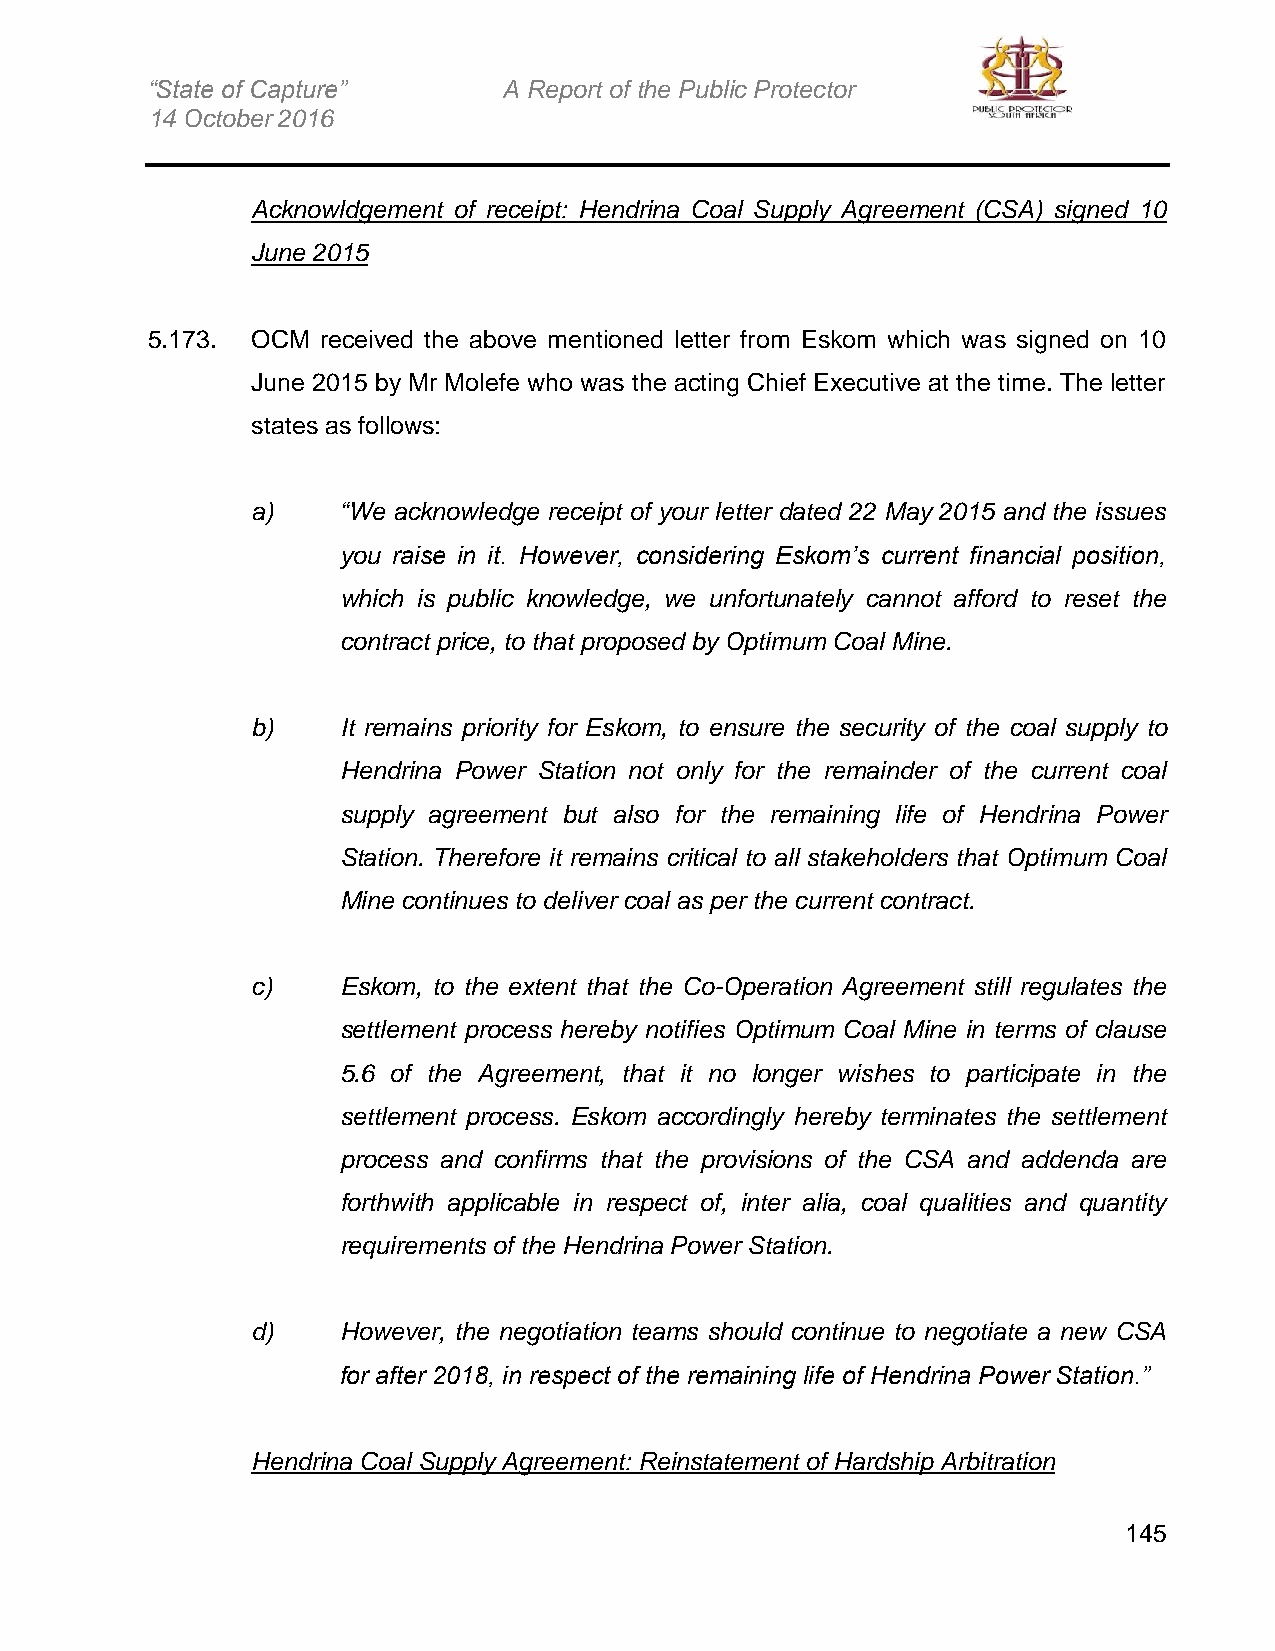
“State of Capture”     A Report of the Public Protector
 14 October 2016
 Acknowldgement of receipt: Hendrina Coal Supply Agreement (CSA) signed 10
 June 2015
 5.173. OCM received the above mentioned letter from Eskom which was signed on 10
 June 2015 by Mr Molefe who was the acting Chief Executive at the time. The letter
 states as follows:
 a)   “We acknowledge receipt of your letter dated 22 May 2015 and the issues
 you raise in it. However, considering Eskom’s current financial position,
 which is public knowledge, we unfortunately cannot afford to reset the
 contract price, to that proposed by Optimum Coal Mine.
 b)   It remains priority for Eskom, to ensure the security of the coal supply to
 Hendrina Power Station not only for the remainder of the current coal
 supply agreement but also for the remaining life of Hendrina Power
 Station. Therefore it remains critical to all stakeholders that Optimum Coal
 Mine continues to deliver coal as per the current contract.
 c)   Eskom, to the extent that the Co-Operation Agreement still regulates the
 settlement process hereby notifies Optimum Coal Mine in terms of clause
 5.6 of the Agreement, that it no longer wishes to participate in the
 settlement process. Eskom accordingly hereby terminates the settlement
 process and confirms that the provisions of the CSA and addenda are
 forthwith applicable in respect of, inter alia, coal qualities and quantity
 requirements of the Hendrina Power Station.
 d)   However, the negotiation teams should continue to negotiate a new CSA
 for after 2018, in respect of the remaining life of Hendrina Power Station.”
 Hendrina Coal Supply Agreement: Reinstatement of Hardship Arbitration
 145